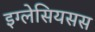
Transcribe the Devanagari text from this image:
इग्लेसियसस